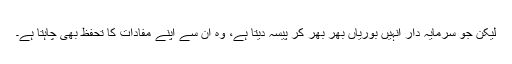
لیکن جو سرمایہ دار انہیں بوریاں بھر بھر کر پیسہ دیتا ہے، وہ ان سے اپنے مفادات کا تحفظ بھی چاہتا ہے۔